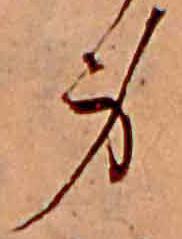
身